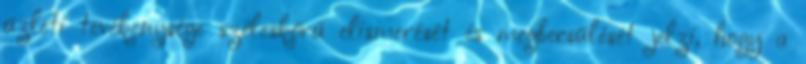
üzleti tevékenysége széleskörû elismerését és megbecsülését jelzi, hogy a